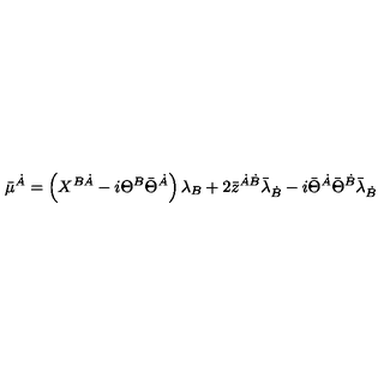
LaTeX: \bar { \mu } ^ { \dot { A } } = \left( X ^ { B \dot { A } } - i \Theta ^ { B } \bar { \Theta } ^ { \dot { A } } \right) \lambda _ { B } + 2 \bar { z } ^ { \dot { A } \dot { B } } \bar { \lambda } _ { \dot { B } } - i \bar { \Theta } ^ { \dot { A } } \bar { \Theta } ^ { \dot { B } } \bar { \lambda } _ { \dot { B } }